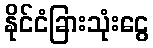
နိုင်ငံခြားသုံးငွေ